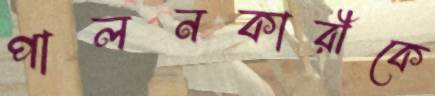
পালনকারীকে